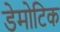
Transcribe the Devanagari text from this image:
डेमोटिक